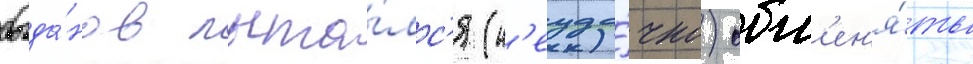
богда́нов пыта́лс'я (н'еуда́чно) обм'ен'я́ть